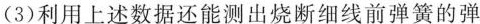
(3)利用上述数据还能测出烧断细线前弹簧的弹